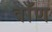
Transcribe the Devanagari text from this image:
वाँण